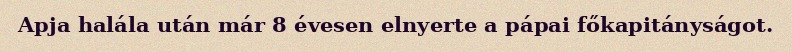
Apja halála után már 8 évesen elnyerte a pápai főkapitányságot.